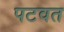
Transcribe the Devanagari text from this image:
पटवत